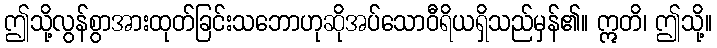
ဤသို့လွန်စွာအားထုတ်ခြင်းသဘောဟုဆိုအပ်သောဝီရိယရှိသည်မှန်၏။ ဣတိ၊ ဤသို့။